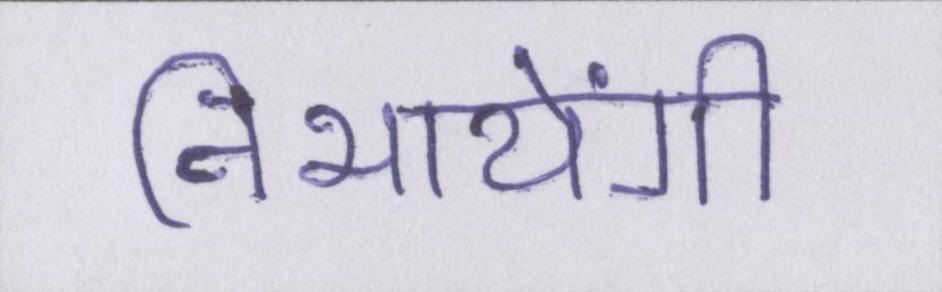
निभायेंगी